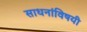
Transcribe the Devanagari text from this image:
साधनांविषयी